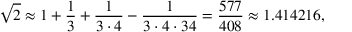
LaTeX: { \sqrt { 2 } } \approx 1 + { \frac { 1 } { 3 } } + { \frac { 1 } { 3 \cdot 4 } } - { \frac { 1 } { 3 \cdot 4 \cdot 3 4 } } = { \frac { 5 7 7 } { 4 0 8 } } \approx 1 . 4 1 4 2 1 6 ,